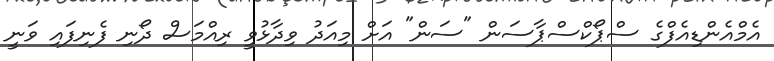
އެމްއެންޑިއެފްގެ ސްޕޯކްސްޕާސަން "ސަން" އަށް މިއަދު ވިދާޅުވީ ރިއްމަސް ދޯނި ފެނިފައި ވަނީ